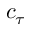
c _ { \tau }